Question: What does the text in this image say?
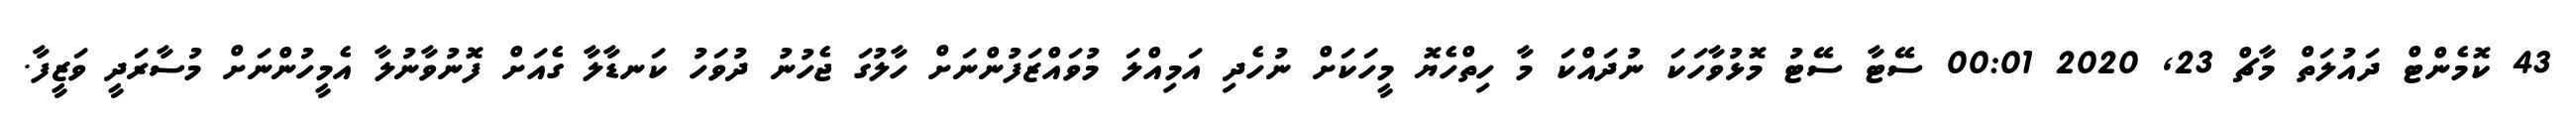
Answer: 43 ކޮމެންޓް ދައުލަތް މާޗް 23, 2020 00:01 ސޭޓާ ސޭޓު މޮޅުވާހަކަ ނުދައްކަ މާ ހިތްހެޔޮ މީހަކަށް ނުހެދި އަމިއްލަ މުވައްޒަފުންނަށް ހާލުގަ ޖެހުނު ދުވަހު ކަނޑާލާ ގެއަށް ފޮނުވާނުލާ އެމީހުންނަށް މުސާރަދީ ވަޒީފާ.